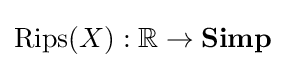
{\text{Rips}}(X):\mathbb {R} \to \mathbf {Simp}